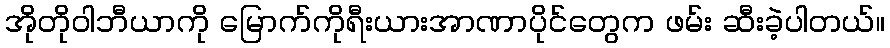
အိုတိုဝါဘီယာကို မြောက်ကိုရီးယားအာဏာပိုင်တွေက ဖမ်း ဆီးခဲ့ပါတယ်။